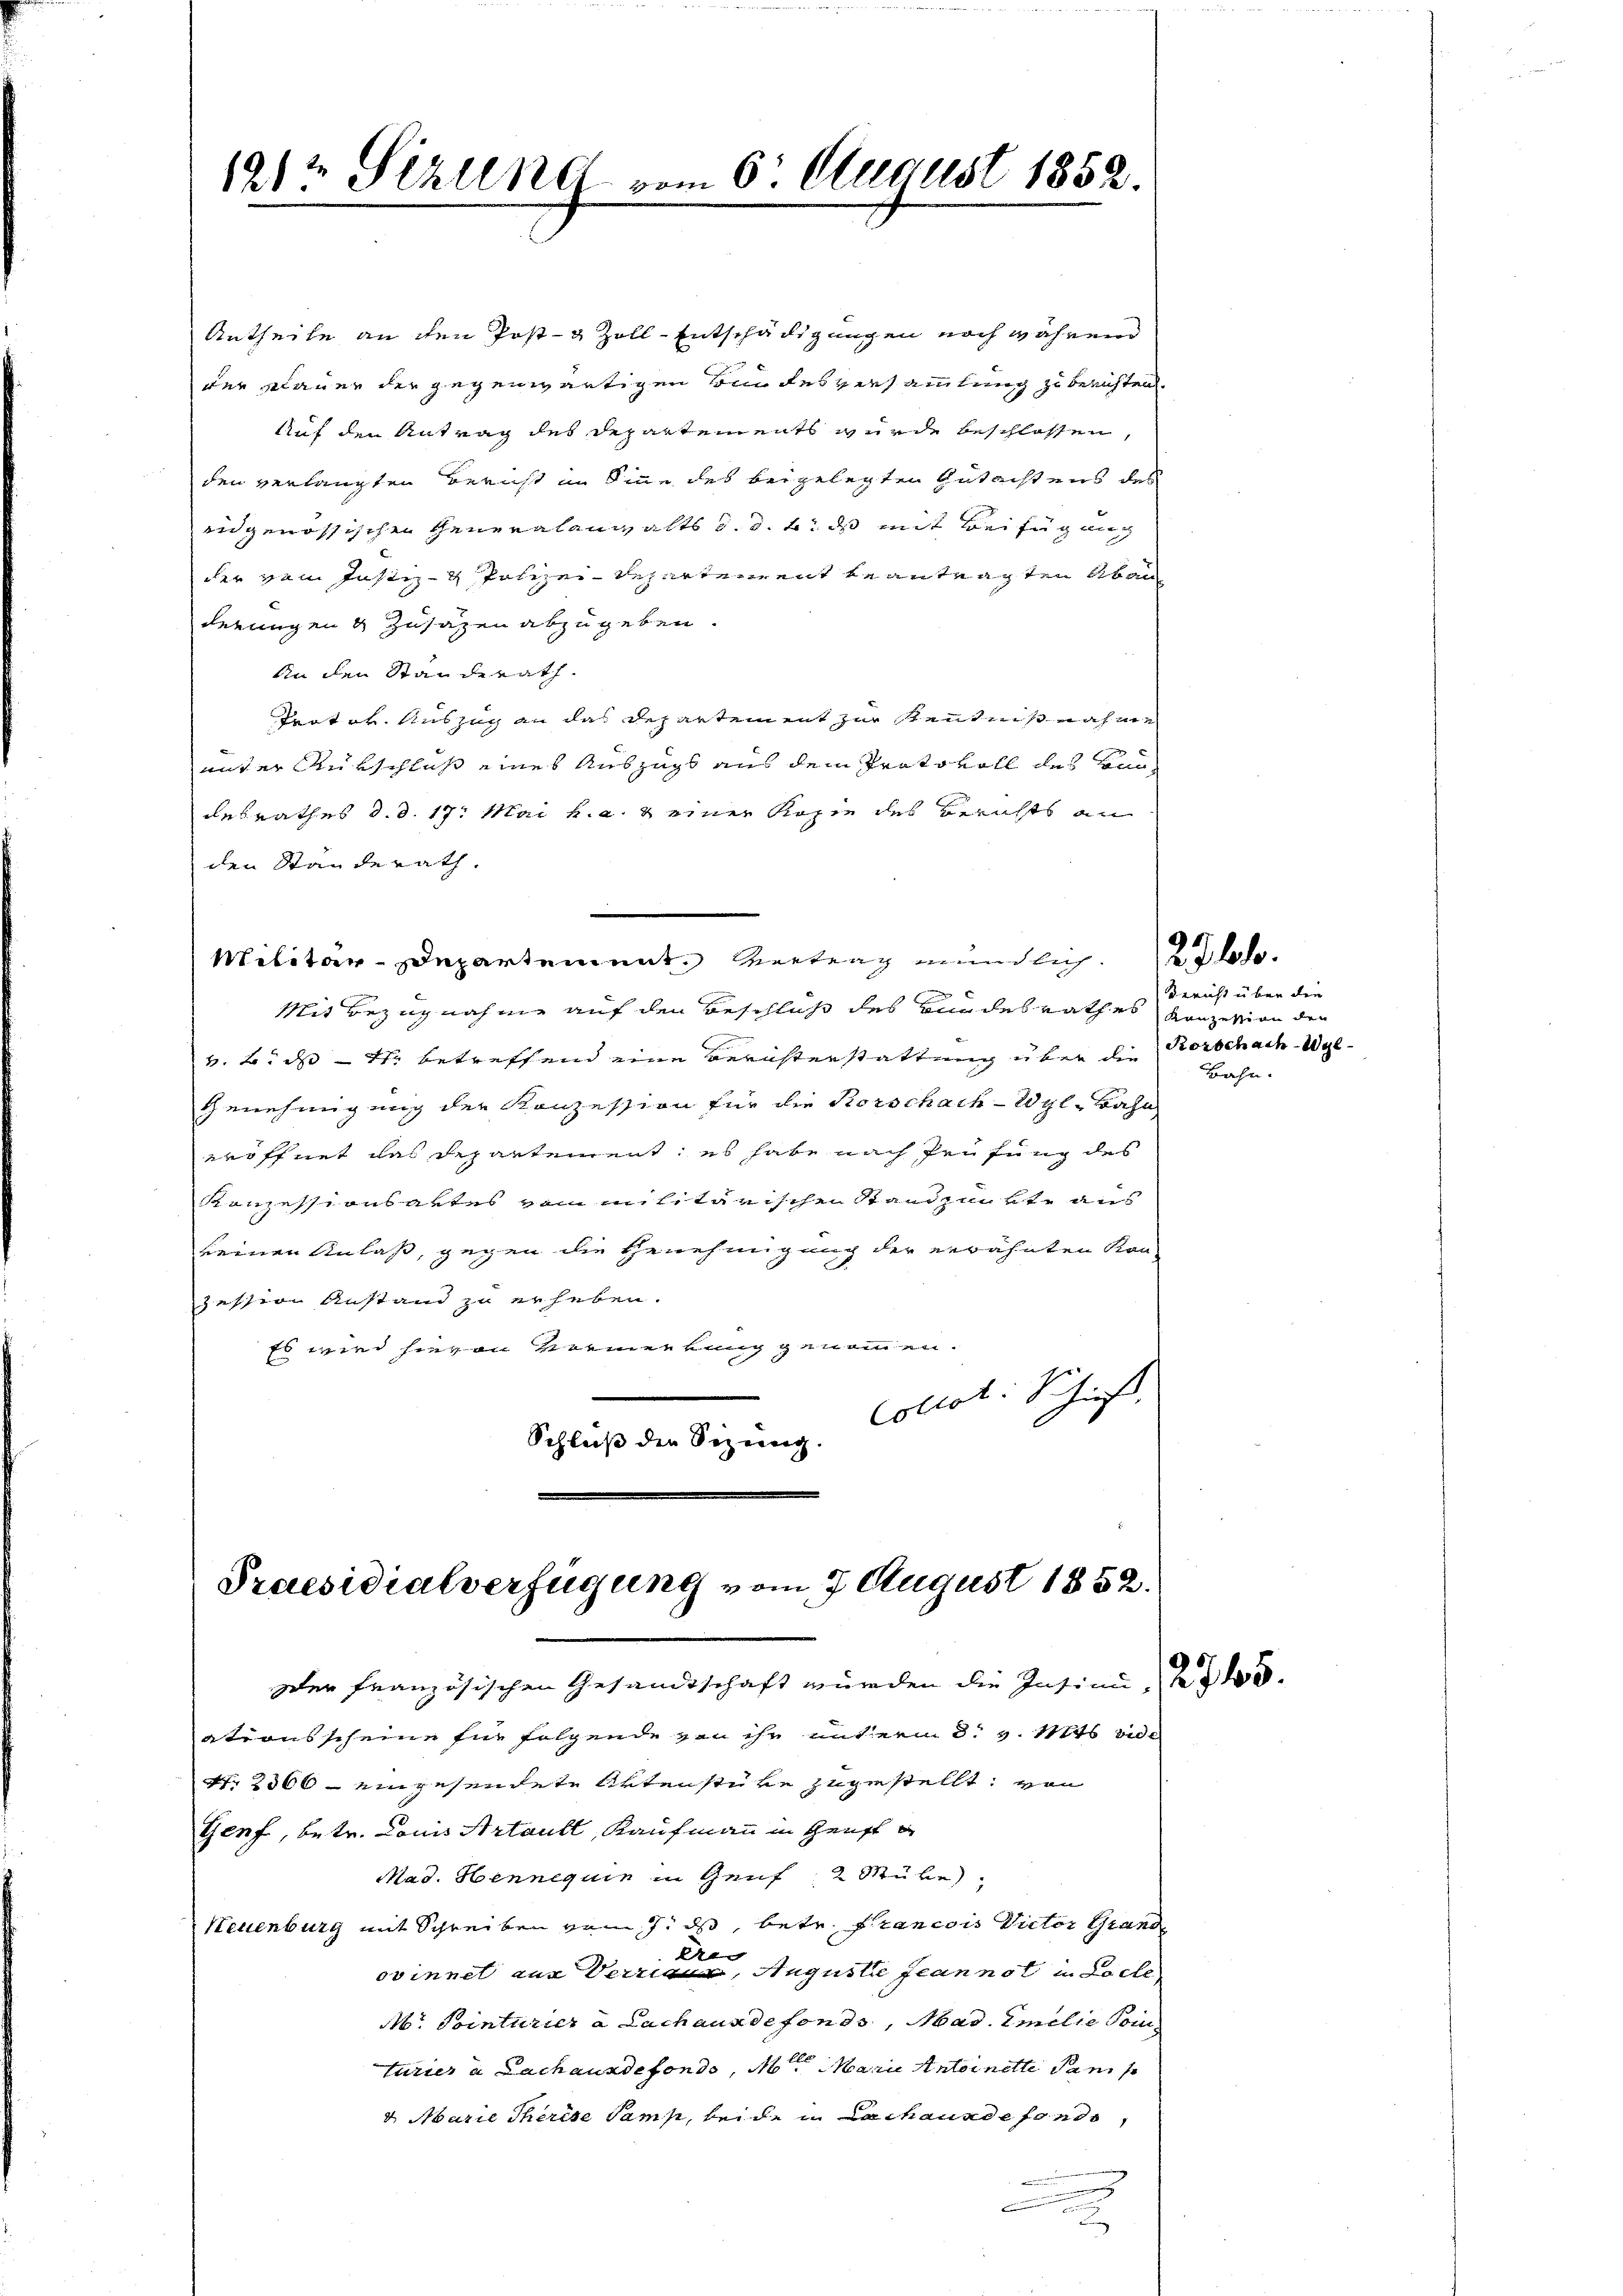
1914 Sekund vom 6. August 1852.

Antheile an den Post- & Zoll-Entschädigungen noch während
der Klauer der gegenwärtigen Bundesversammlung zu berichten.
Auf den Antrag des Departements wurde beschlossen,
den verlangten Bericht in Sinne des beigelegten Gutachtens des
in genössischen Generalanwalts d. d. leid mit Beifügung
der vom Justiz- & Polizei-Repartement beantragten Aben
derungen & Zusatzen abzugeben.
An den Standerath.
Trator Auszug an das Departement zur Kentnißnahme
unter Ausschluß eines Auszugs aus dem Protokoll des Handesrathes d. d. 17. Mai v. a. 2 einer Kopie des Berichts an
den Standerath.
Militar-Departement. Vertrag mündlich.
Mit Bezugnahme auf den Beschluß des Bundesrathes Konzesion der
v. B. ds 1 betreffend eine Berichterstattung über die
Genehmigung der Konzession für die Korschach-Wyl-Bahn
eröffnet das Departement; es habe nach Peifung des
Kanzessionsartes vom militärischen Standpunkte aus
keinen Anlaß, gegen die Genehmigung der erwähnten Kon-
zetter Anstand zu erheben.
Es wird hievon Vormerkung genommen.
Collet. Schieß,
Schluß die Sizung.

Praesidialverfügung vom 7. August 1852.

Der französischen Gesandtschaft würden die Insinn, 20.
ationsscheine für folgende von ihr unterm 8. v. Mts. die
Nr. 2300 - eingesendete Artenstüke zugestellt, von
Genf, betr. Louis Artault, Kaufmann in Genf
Mad. Henneguin in Genf 2 Mühe,
Neuenburg mit Schreiben vom 7. ds, betr. Francois Victor Grand
Ere
ovinnet aus Verrier, Auguste Jeannot in Loche
Mo. Pointurier a Lachaus de fonds, Mad. Emilie Poin
ble
turier a Lachausdefondo, N. Marie Antoinette Pans
d Marie Therese Sams, beide in Lachaunde fondo,
x

Bericht über die
Korschach-Wyl
Bahn.

2700.